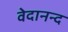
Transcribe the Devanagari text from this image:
वेदानन्द